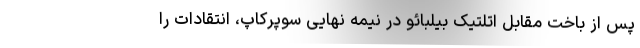
پس از باخت مقابل اتلتیک بیلبائو در نیمه نهایی سوپرکاپ، انتقادات را